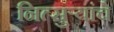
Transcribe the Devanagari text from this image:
नित्सुर्‍यांचे